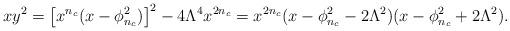
LaTeX: \begin{align*}x y^{2} = \left[ x^{n_{c}}(x-\phi_{n_{c}}^{2}) \right]^{2} - 4\Lambda^{4} x^{2n_{c}} = x^{2n_{c}}(x-\phi_{n_{c}}^{2}-2\Lambda^{2}) (x-\phi_{n_{c}}^{2}+2\Lambda^{2}).\end{align*}